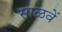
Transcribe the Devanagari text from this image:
साळवें